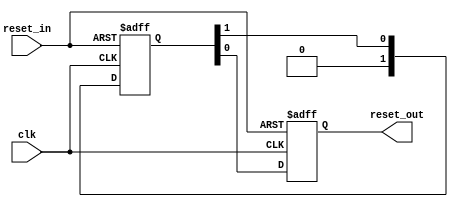
// (C) 2001-2018 Intel Corporation. All rights reserved.
// Your use of Intel Corporation's design tools, logic functions and other 
// software and tools, and its AMPP partner logic functions, and any output 
// files from any of the foregoing (including device programming or simulation 
// files), and any associated documentation or information are expressly subject 
// to the terms and conditions of the Intel Program License Subscription 
// Agreement, Intel FPGA IP License Agreement, or other applicable 
// license agreement, including, without limitation, that your use is for the 
// sole purpose of programming logic devices manufactured by Intel and sold by 
// Intel or its authorized distributors.  Please refer to the applicable 
// agreement for further details.


// (C) 2001-2010 Altera Corporation. All rights reserved.
// Your use of Altera Corporation's design tools, logic functions and other 
// software and tools, and its AMPP partner logic functions, and any output 
// files any of the foregoing (including device programming or simulation 
// files), and any associated documentation or information are expressly subject 
// to the terms and conditions of the Altera Program License Subscription 
// Agreement, Altera MegaCore Function License Agreement, or other applicable 
// license agreement, including, without limitation, that your use is for the 
// sole purpose of programming logic devices manufactured by Altera and sold by 
// Altera or its authorized distributors.  Please refer to the applicable 
// agreement for further details.

// $Id: //acds/main/ip/merlin/altera_reset_controller/altera_tse_reset_synchronizer.v#7 $
// $Revision: #7 $
// $Date: 2010/04/27 $
// $Author: jyeap $

// -----------------------------------------------
// Reset Synchronizer
// -----------------------------------------------
`timescale 1ns / 1ns

module altera_tse_reset_synchronizer
#(
    parameter ASYNC_RESET = 1,
    parameter DEPTH       = 2
)
(
    input   reset_in /* synthesis ALTERA_ATTRIBUTE = "SUPPRESS_DA_RULE_INTERNAL=\"R101,R105\"" */,

    input   clk,
    output  reset_out
);

    // -----------------------------------------------
    // Synchronizer register chain. We cannot reuse the
    // standard synchronizer in this implementation 
    // because our timing constraints are different.
    //
    // Instead of cutting the timing path to the d-input 
    // on the first flop we need to cut the aclr input.
    // 
    // We omit the "preserve" attribute on the final
    // output register, so that the synthesis tool can
    // duplicate it where needed.
    // -----------------------------------------------
    // Please check the false paths setting in TSE SDC
    
    (*preserve*) reg [DEPTH-1:0] altera_tse_reset_synchronizer_chain;
    reg altera_tse_reset_synchronizer_chain_out;

    generate if (ASYNC_RESET) begin

        // -----------------------------------------------
        // Assert asynchronously, deassert synchronously.
        // -----------------------------------------------
        always @(posedge clk or posedge reset_in) begin
            if (reset_in) begin
                altera_tse_reset_synchronizer_chain <= {DEPTH{1'b1}};
                altera_tse_reset_synchronizer_chain_out <= 1'b1;
            end
            else begin
                altera_tse_reset_synchronizer_chain[DEPTH-2:0] <= altera_tse_reset_synchronizer_chain[DEPTH-1:1];
                altera_tse_reset_synchronizer_chain[DEPTH-1] <= 0;
                altera_tse_reset_synchronizer_chain_out <= altera_tse_reset_synchronizer_chain[0];
            end
        end

        assign reset_out = altera_tse_reset_synchronizer_chain_out;
     
    end else begin

        // -----------------------------------------------
        // Assert synchronously, deassert synchronously.
        // -----------------------------------------------
        always @(posedge clk) begin
            altera_tse_reset_synchronizer_chain[DEPTH-2:0] <= altera_tse_reset_synchronizer_chain[DEPTH-1:1];
            altera_tse_reset_synchronizer_chain[DEPTH-1] <= reset_in;
            altera_tse_reset_synchronizer_chain_out <= altera_tse_reset_synchronizer_chain[0];
        end

        assign reset_out = altera_tse_reset_synchronizer_chain_out;
 
    end
    endgenerate

endmodule